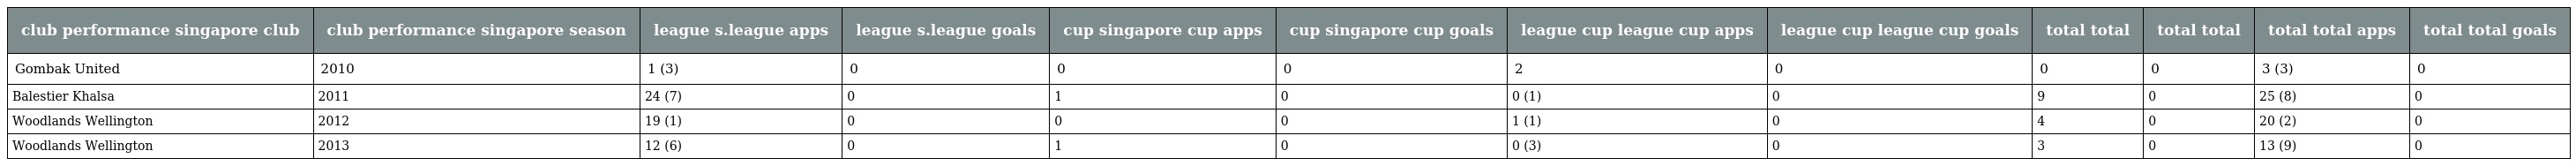
| club performance singapore club | club performance singapore season | league s.league apps | league s.league goals | cup singapore cup apps | cup singapore cup goals | league cup league cup apps | league cup league cup goals | total total | total total | total total apps | total total goals |
 | --- | --- | --- | --- | --- | --- | --- | --- | --- | --- | --- | --- |
 | Gombak United | 2010 | 1 (3) | 0 | 0 | 0 | 2 | 0 | 0 | 0 | 3 (3) | 0 |
 | Balestier Khalsa | 2011 | 24 (7) | 0 | 1 | 0 | 0 (1) | 0 | 9 | 0 | 25 (8) | 0 |
 | Woodlands Wellington | 2012 | 19 (1) | 0 | 0 | 0 | 1 (1) | 0 | 4 | 0 | 20 (2) | 0 |
 | Woodlands Wellington | 2013 | 12 (6) | 0 | 1 | 0 | 0 (3) | 0 | 3 | 0 | 13 (9) | 0 |